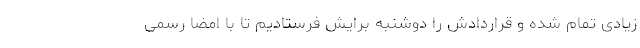
زیادی تمام شده و قراردادش را دوشنبه برایش فرستادیم تا با امضا رسمی